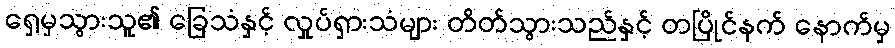
ရှေ့မှသွားသူ၏ ခြေသံနှင့် လှုပ်ရှားသံများ တိတ်သွားသည်နှင့် တပြိုင်နက် နောက်မှ